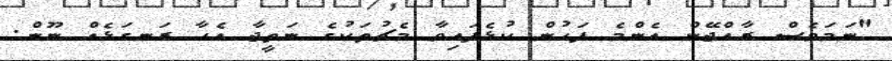
"ނަމަވެސް ރާއްޖޭން އެންމެ ފަހުން ކުޅެފައިވާ މެޗުތަކުގެ ނަތީޖާ އެހާ ރަނގަޅެއް ނޫން.